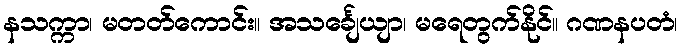
နသက္ကာ၊ မတတ်ကောင်း။ အသင်္ချေယျာ၊ မရေတွက်နိုင်။ ဂဏနပတံ၊